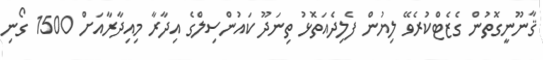
ޤާނޫނީގޮތުން ގެޒެޓްކުރެވޭ ލިޔުން ފެލިދެއަތޮޅު ތިނަދޫ ކައުންސިލްގެ އިދާރާ މިއިދާރާއަށް 1500 ގޯނި